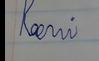
Signature authenticity: forged